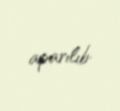
aparılıb.